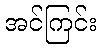
အင်ကြင်း